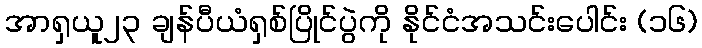
အာရှယူ၂၃ ချန်ပီယံရှစ်ပြိုင်ပွဲကို နိုင်ငံအသင်းပေါင်း (၁၆)